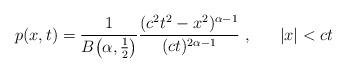
LaTeX: \begin{align*}p(x,t)= \frac{1}{B\bigl(\alpha, \frac{1}{2} \bigr)} \frac{(c^2t^2-x^2)^{\alpha-1}}{(ct)^{2\alpha-1}}\ ,\ \ \ \ \ |x| <ct\end{align*}